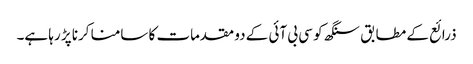
ذرائع کے مطابق سنگھ کو سی بی آئی کے دو مقدمات کا سامنا کرنا پڑ رہا ہے۔